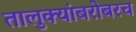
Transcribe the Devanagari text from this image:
तालुक्यांबरोबरच